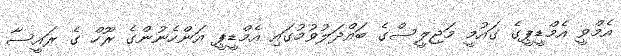
އެމްވީ އެމްޑީޕީގެ ގައުމީ މަޖިލީސްގެ ބައްދަލުވުމުގައި އެމްޑީޕީ އަންހެނުންގެ ރޫހް ގެ ރައީސާ